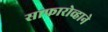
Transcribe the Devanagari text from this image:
साफारोव्हाने